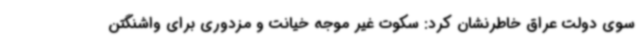
سوی دولت عراق خاطرنشان کرد: سکوت غیر موجه خیانت و مزدوری برای واشنگتن